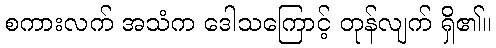
စကားလက် အသံက ဒေါသကြောင့် တုန်လျက် ရှိ၏။